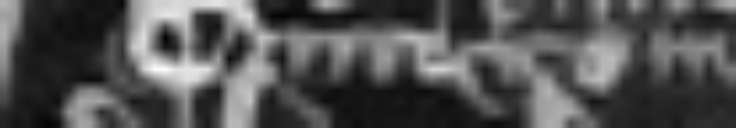
civitatem